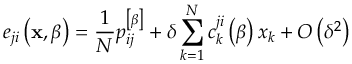
e _ { j i } \left( \mathbf { x } , \beta \right) = \frac { 1 } { N } p _ { i j } ^ { \left[ \beta \right] } + \delta \sum _ { k = 1 } ^ { N } c _ { k } ^ { j i } \left( \beta \right) x _ { k } + O \left( \delta ^ { 2 } \right)